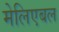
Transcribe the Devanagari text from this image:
मेलिएबल